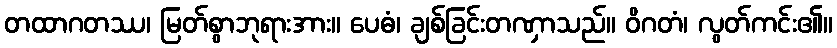
တထာဂတဿ၊ မြတ်စွာဘုရားအား။ ပေဓံ၊ ချစ်ခြင်းတဏှာသည်။ ဝိဂတံ၊ လွတ်ကင်း၏။